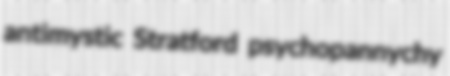
antimystic Stratford psychopannychy